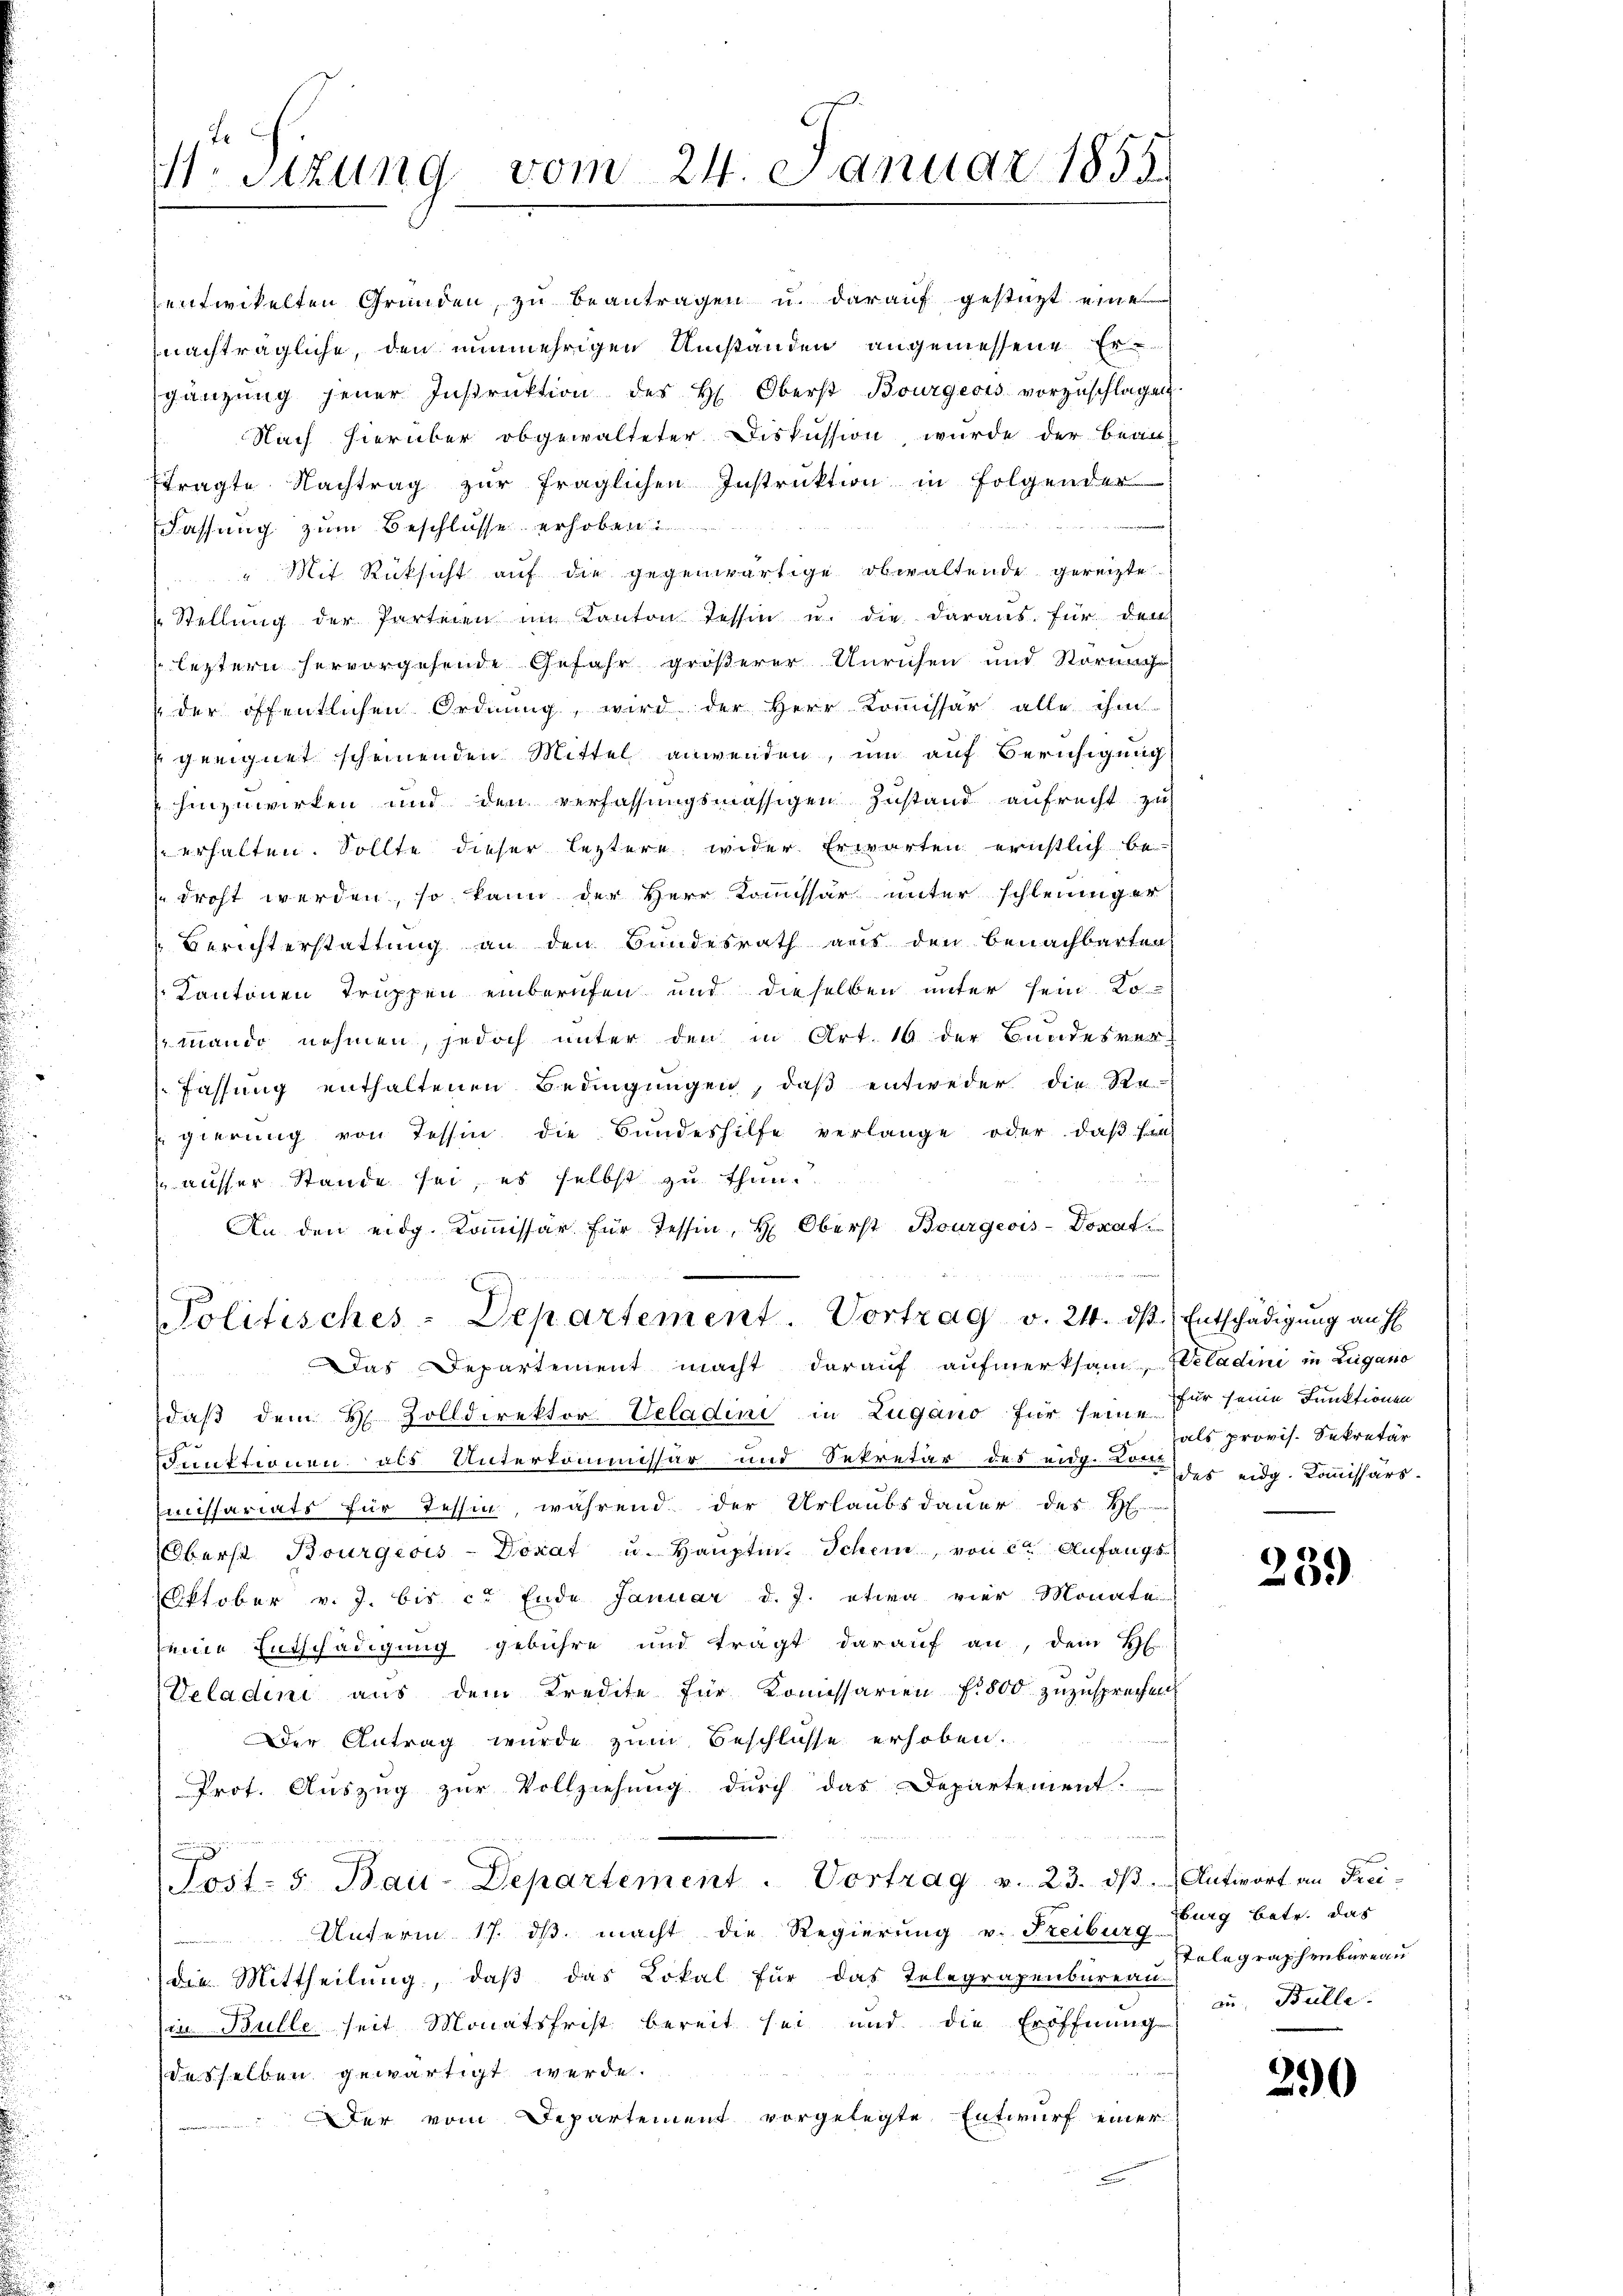
M. Sizung vom 24. Januar 1855.

entwickelten Gründen, zu beantragen u. darauf gestüzt eine
nachträgliche, den nunmehrigen Umständen angemessene Ergänzŭng jener Instrŭktion des H. Oberst Bourgeois vorzŭschlagen.
Nach hierüber obgewalteter Diskussion, wurde der Beau-
ftragte Nachtrag zur fraglichen Instruktion in Folgendes
Fassung zum Beschlüsse erhoben
Mit Rücksicht auf die gegenwärtige obwaltende gereizte
Stellung der Parteien im Kanton Tessin u. die daraus für dem
leztern hervorgehende Gefahr größerer Unruhen und Störung
der öffentlichen Ordnung, wird der Herr Kommissär alle ihm
geeignet scheinenden Mittel anwenden, um auf Beruhigung
hinzuwirken und den verfassungsmässigen Zustand aufrecht zu
erhalten. Sollte dieser leztere wider Erwarten ernstlich be-
droht werden, so kann der Herr Kommissär unter schleiniger
Berichterstattung an den Bundesrath aus den benachbarten
Kantonen Truppen einberufen und dieselben unter sein Ko-
mando nehmen, jedoch unter den in Art. 16 der Bundesver¬
Fassung enthaltenen Bedingungen, daß entweder die Re-
gierŭng von Tessin die Bundeshilfe verlange oder, daβ fa
ausser Stande sei, es selbst zu thun.
An den eidg. Kommissär für Tessin, H. Oberst Bourgeois-Donat

Politisches-Departement. Vortrag v. 24. ds Entschädigung an H
Das Departement macht darauf aufmerksam, Weladini in Zugano

daß dem H. Zolldirektor Veladini in Lugano für seine für seine Funktionen
Funktionen als Unterkommissär und Sekretär des eige der eidg. Kommissärs-
Eiuissariats für Tessin, während der Urlaubsdauer des H
Oberst Bourgeois-Donat u. Hauptin. Schein, von ce Anfangs
Oktober v. J. bis c. Ende Januar d. J. etwa vier Monate
seine Entschädigung gebühre und trägt darauf an, dem H.
Veladeni aus dem Kredite für Kommissarien f 800 zuzusprechen
Der Antrag wurde zum Beschlüsse erhoben.
Prot. Auszug zur Vollziehung durch das Departement.
.
Sost- 5. Bau-Departement. Vortrag v. 23. dβ. Antwort an Frei-
Unterm 17. dβ macht die Regierung v. Freiburg
die Mittheilung, daß das Lokal für das Telegrapenbureau-
in Bulle seit Monatsfrist bereit sei und die Eröffnung
desselben gewärtigt werde.
der vom Departement vorgelegte Entwurf einer

als provis. Sekretär

259

zburg betr. das
Telegraphenbureau
au. Bulle.

290